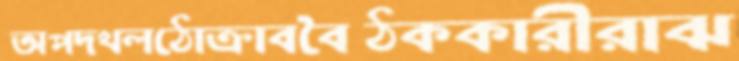
অপদখলঠোক্‌রাববৈঠককারীরাঝ